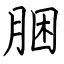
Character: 胭